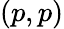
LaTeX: (p,p)